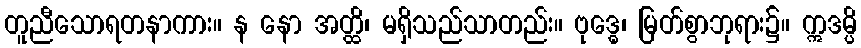
တူညီသောရတနာကား။ န နော အတ္ထိ၊ မရှိသည်သာတည်း။ ဗုဒ္ဓေ၊ မြတ်စွာဘုရား၌။ ဣဒမ္ပိ